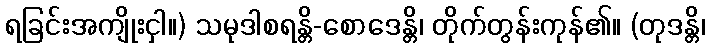
ရခြင်းအကျိုးငှါ။) သမုဒါစရန္တိ-စောဒေန္တိ၊ တိုက်တွန်းကုန်၏။ (တုဒန္တိ၊